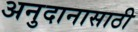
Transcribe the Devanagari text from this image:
अनुदानासाठी